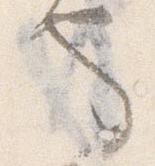
也